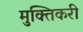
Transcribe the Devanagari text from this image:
मुक्तिकरी